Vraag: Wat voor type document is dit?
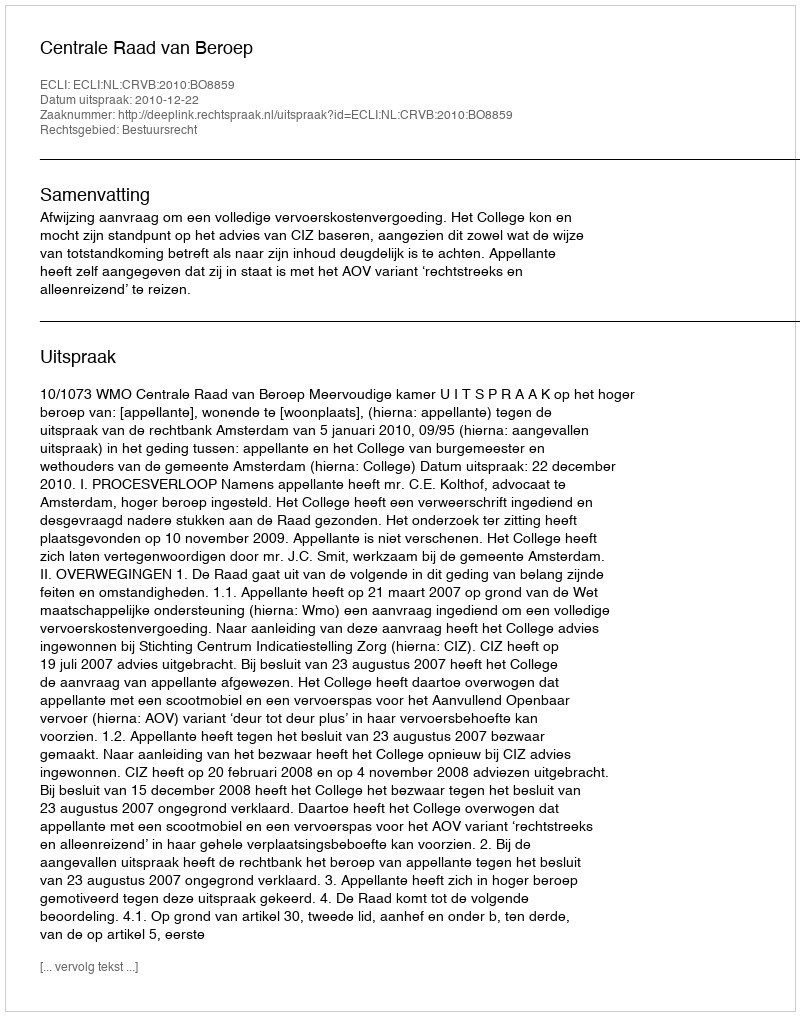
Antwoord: Uitspraak